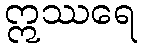
ဣဿရေ